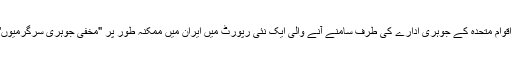
یہ تازہ ترین مذاکرات ایک ایسے وقت ہو رہے ہیں جب اقوام متحدہ کے جوہری ادارے کی طرف سامنے آنے والی ایک نئی رپورٹ میں ایران میں ممکنہ طور پر "مخفی جوہری سرگرمیوں" کی موجودگی کے بارے میں تشویش کا اظہار کیا گیا۔